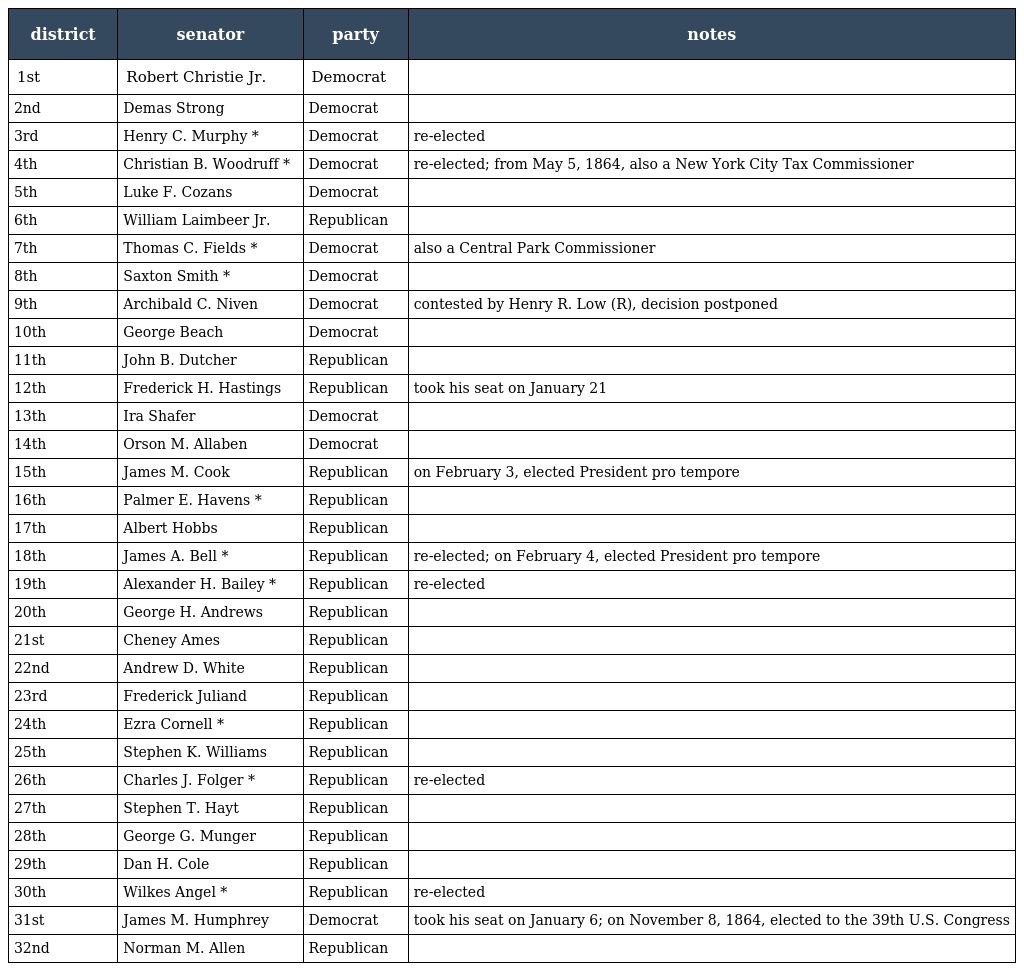
| district | senator | party | notes |
 | --- | --- | --- | --- |
 | 1st | Robert Christie Jr. | Democrat |  |
 | 2nd | Demas Strong | Democrat |  |
 | 3rd | Henry C. Murphy * | Democrat | re-elected |
 | 4th | Christian B. Woodruff * | Democrat | re-elected; from May 5, 1864, also a New York City Tax Commissioner |
 | 5th | Luke F. Cozans | Democrat |  |
 | 6th | William Laimbeer Jr. | Republican |  |
 | 7th | Thomas C. Fields * | Democrat | also a Central Park Commissioner |
 | 8th | Saxton Smith * | Democrat |  |
 | 9th | Archibald C. Niven | Democrat | contested by Henry R. Low (R), decision postponed |
 | 10th | George Beach | Democrat |  |
 | 11th | John B. Dutcher | Republican |  |
 | 12th | Frederick H. Hastings | Republican | took his seat on January 21 |
 | 13th | Ira Shafer | Democrat |  |
 | 14th | Orson M. Allaben | Democrat |  |
 | 15th | James M. Cook | Republican | on February 3, elected President pro tempore |
 | 16th | Palmer E. Havens * | Republican |  |
 | 17th | Albert Hobbs | Republican |  |
 | 18th | James A. Bell * | Republican | re-elected; on February 4, elected President pro tempore |
 | 19th | Alexander H. Bailey * | Republican | re-elected |
 | 20th | George H. Andrews | Republican |  |
 | 21st | Cheney Ames | Republican |  |
 | 22nd | Andrew D. White | Republican |  |
 | 23rd | Frederick Juliand | Republican |  |
 | 24th | Ezra Cornell * | Republican |  |
 | 25th | Stephen K. Williams | Republican |  |
 | 26th | Charles J. Folger * | Republican | re-elected |
 | 27th | Stephen T. Hayt | Republican |  |
 | 28th | George G. Munger | Republican |  |
 | 29th | Dan H. Cole | Republican |  |
 | 30th | Wilkes Angel * | Republican | re-elected |
 | 31st | James M. Humphrey | Democrat | took his seat on January 6; on November 8, 1864, elected to the 39th U.S. Congress |
 | 32nd | Norman M. Allen | Republican |  |